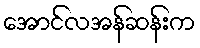
အောင်လအန်ဆန်းက